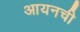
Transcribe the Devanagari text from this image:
आयनची